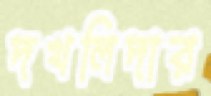
দখলিদার